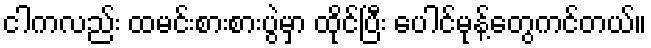
ငါကလည်း ထမင်းစားစားပွဲမှာ ထိုင်ပြီး ပေါင်မုန့်တွေကင်တယ်။